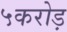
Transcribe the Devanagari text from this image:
५करोड़